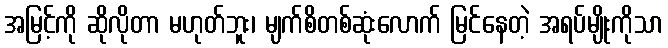
အမြင့်ကို ဆိုလိုတာ မဟုတ်ဘူး၊ မျက်စိတစ်ဆုံးလောက် မြင်နေတဲ့ အရပ်မျိုးကိုသာ